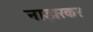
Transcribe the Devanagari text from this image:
नाझरकर